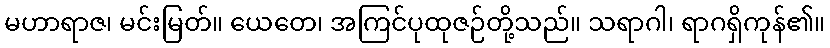
မဟာရာဇ၊ မင်းမြတ်။ ယေတေ၊ အကြင်ပုထုဇဉ်တို့သည်။ သရာဂါ၊ ရာဂရှိကုန်၏။